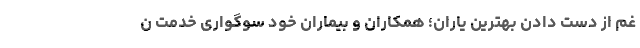
غم از دست دادن بهترین یاران؛ همکاران و بیماران خود سوگواری خدمت ن